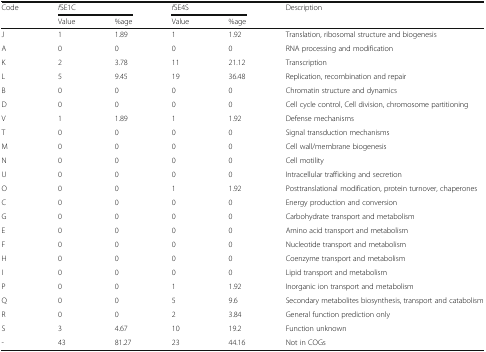
<table><thead><tr><td rowspan="2"><b>Code</b></td><td colspan="2"><b><i>f</i>SE1C</b></td><td colspan="2"><b><i>f</i>SE4S</b></td><td rowspan="2"><b>Description</b></td></tr><tr><td><b>Value</b></td><td><b>%age</b></td><td><b>Value</b></td><td><b>%age</b></td></tr></thead><tbody><tr><td>J</td><td>1</td><td>1.89</td><td>1</td><td>1.92</td><td>Translation, ribosomal structure and biogenesis</td></tr><tr><td>A</td><td>0</td><td>0</td><td>0</td><td>0</td><td>RNA processing and modification</td></tr><tr><td>K</td><td>2</td><td>3.78</td><td>11</td><td>21.12</td><td>Transcription</td></tr><tr><td>L</td><td>5</td><td>9.45</td><td>19</td><td>36.48</td><td>Replication, recombination and repair</td></tr><tr><td>B</td><td>0</td><td>0</td><td>0</td><td>0</td><td>Chromatin structure and dynamics</td></tr><tr><td>D</td><td>0</td><td>0</td><td>0</td><td>0</td><td>Cell cycle control, Cell division, chromosome partitioning</td></tr><tr><td>V</td><td>1</td><td>1.89</td><td>1</td><td>1.92</td><td>Defense mechanisms</td></tr><tr><td>T</td><td>0</td><td>0</td><td>0</td><td>0</td><td>Signal transduction mechanisms</td></tr><tr><td>M</td><td>0</td><td>0</td><td>0</td><td>0</td><td>Cell wall/membrane biogenesis</td></tr><tr><td>N</td><td>0</td><td>0</td><td>0</td><td>0</td><td>Cell motility</td></tr><tr><td>U</td><td>0</td><td>0</td><td>0</td><td>0</td><td>Intracellular trafficking and secretion</td></tr><tr><td>O</td><td>0</td><td>0</td><td>1</td><td>1.92</td><td>Posttranslational modification, protein turnover, chaperones</td></tr><tr><td>C</td><td>0</td><td>0</td><td>0</td><td>0</td><td>Energy production and conversion</td></tr><tr><td>G</td><td>0</td><td>0</td><td>0</td><td>0</td><td>Carbohydrate transport and metabolism</td></tr><tr><td>E</td><td>0</td><td>0</td><td>0</td><td>0</td><td>Amino acid transport and metabolism</td></tr><tr><td>F</td><td>0</td><td>0</td><td>0</td><td>0</td><td>Nucleotide transport and metabolism</td></tr><tr><td>H</td><td>0</td><td>0</td><td>0</td><td>0</td><td>Coenzyme transport and metabolism</td></tr><tr><td>I</td><td>0</td><td>0</td><td>0</td><td>0</td><td>Lipid transport and metabolism</td></tr><tr><td>P</td><td>0</td><td>0</td><td>1</td><td>1.92</td><td>Inorganic ion transport and metabolism</td></tr><tr><td>Q</td><td>0</td><td>0</td><td>5</td><td>9.6</td><td>Secondary metabolites biosynthesis, transport and catabolism</td></tr><tr><td>R</td><td>0</td><td>0</td><td>2</td><td>3.84</td><td>General function prediction only</td></tr><tr><td>S</td><td>3</td><td>4.67</td><td>10</td><td>19.2</td><td>Function unknown</td></tr><tr><td>-</td><td>43</td><td>81.27</td><td>23</td><td>44.16</td><td>Not in COGs</td></tr></tbody></table>